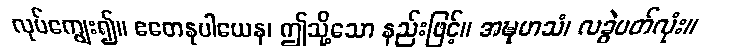
လုပ်ကျွေး၍။ ဧတေနုပါယေန၊ ဤသို့သော နည်းဖြင့်။ အဍ္ဎုမာသံ၊ လခွဲပတ်လုံး။